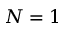
N = 1